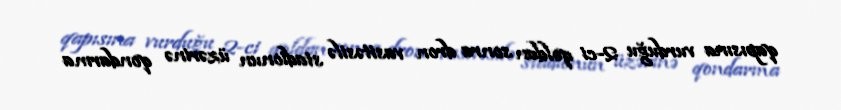
qapısına vurduğu 2-ci qoldan sonra dron vasitəsilə stadionun üzərinə qondarma